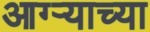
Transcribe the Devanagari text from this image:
आग्ऱ्याच्या